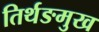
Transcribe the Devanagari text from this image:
तिर्थङमुख